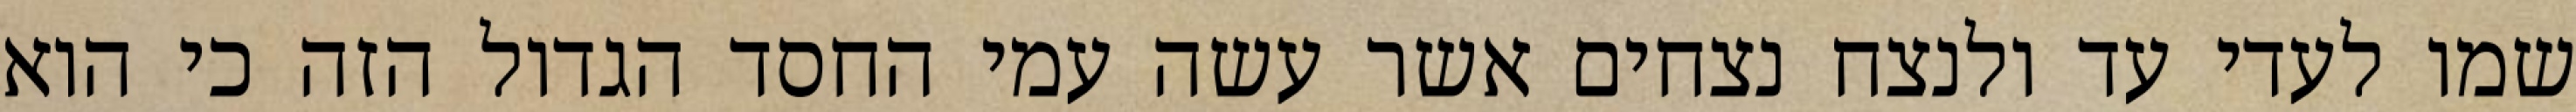
שמו לעדי עד ולנצח נצחים אשר עשה עמי החסד הגדול הזה כי הוא